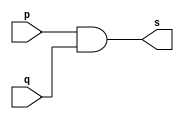
// Exemplo0003 - AND
// Nome: Silvino Henrique Santos de Souza
// ------------------------- 
// -------------------------
// -- and gate 
// ------------------------- 
module andgate ( output s,
input p, 
input q); 
assign s = p & q; 
endmodule // andgate 
// --------------------- 
// -- test and gate 
// --------------------- 
module testandgate; 
// ------------------------- dados locais 
reg a, b; // definir registradores 
wire s; // definir conexao (fio) 
// ------------------------- instancia 
andgate AND1 (s, a, b); 
// ------------------------- preparacao 
initial begin:start 
a=0; b=0; 
end 
// ------------------------- parte principal 
initial begin 
$display("Exemplo0003 - Silvino Henrique Santos de Souza - 412773");
$display("Test AND gate"); 
$display("\na & b = s\n"); 
a=0; b=0; 
#1 $display("%b & %b = %b", a, b, s); 
a=0; b=1; 
#1 $display("%b & %b = %b", a, b, s); 
a=1; b=0; 
#1 $display("%b & %b = %b", a, b, s); 
a=1; b=1; 
#1 $display("%b & %b = %b", a, b, s); 
end 
endmodule // testandgate